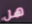
هل